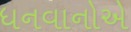
ધનવાનોએ